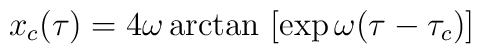
x_c(\tau) = 4 \omega \arctan \  [\exp\omega (\tau - \tau_c)]